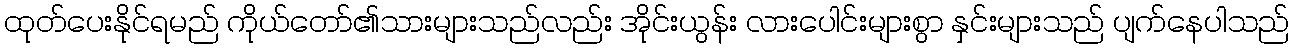
ထုတ်ပေးနိုင်ရမည် ကိုယ်တော်၏သားများသည်လည်း အိုင်းယွန်း လားပေါင်းများစွာ နှင်းများသည် ပျက်နေပါသည်